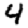
Digit: 4